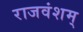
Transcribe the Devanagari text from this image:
राजवंशम्